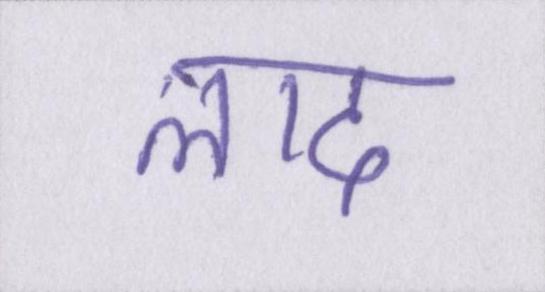
लाद